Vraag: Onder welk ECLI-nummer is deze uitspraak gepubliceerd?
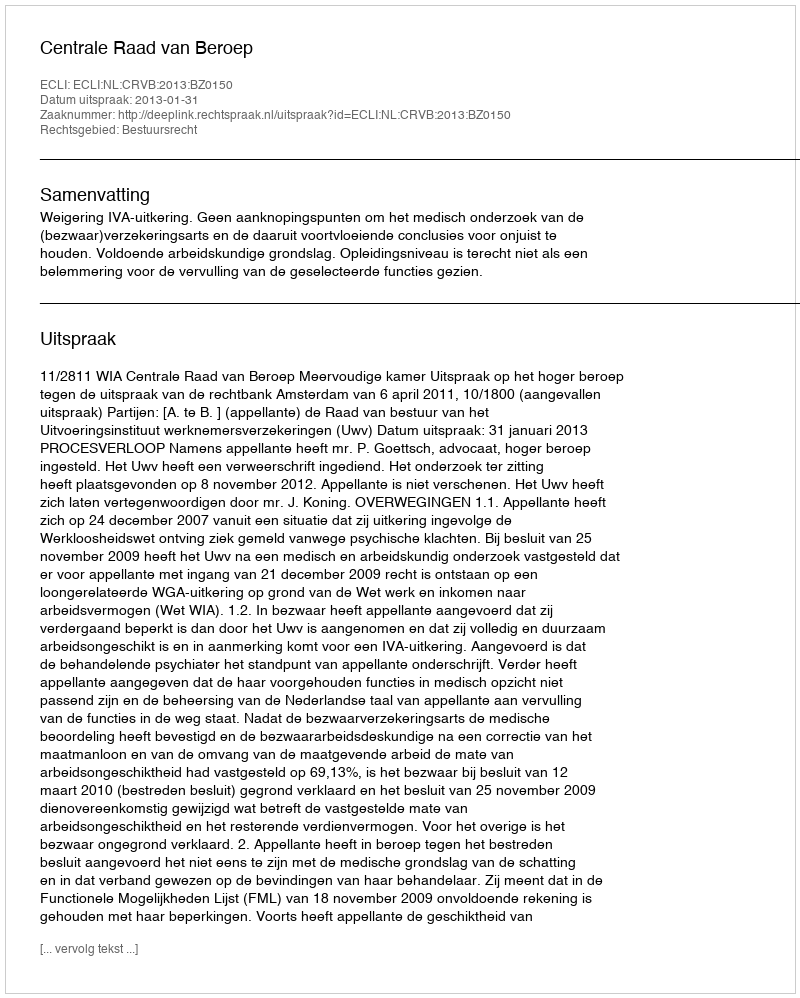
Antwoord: ECLI:NL:CRVB:2013:BZ0150